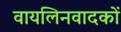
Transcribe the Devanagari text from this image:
वायलिनवादकों